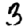
Digit: 3